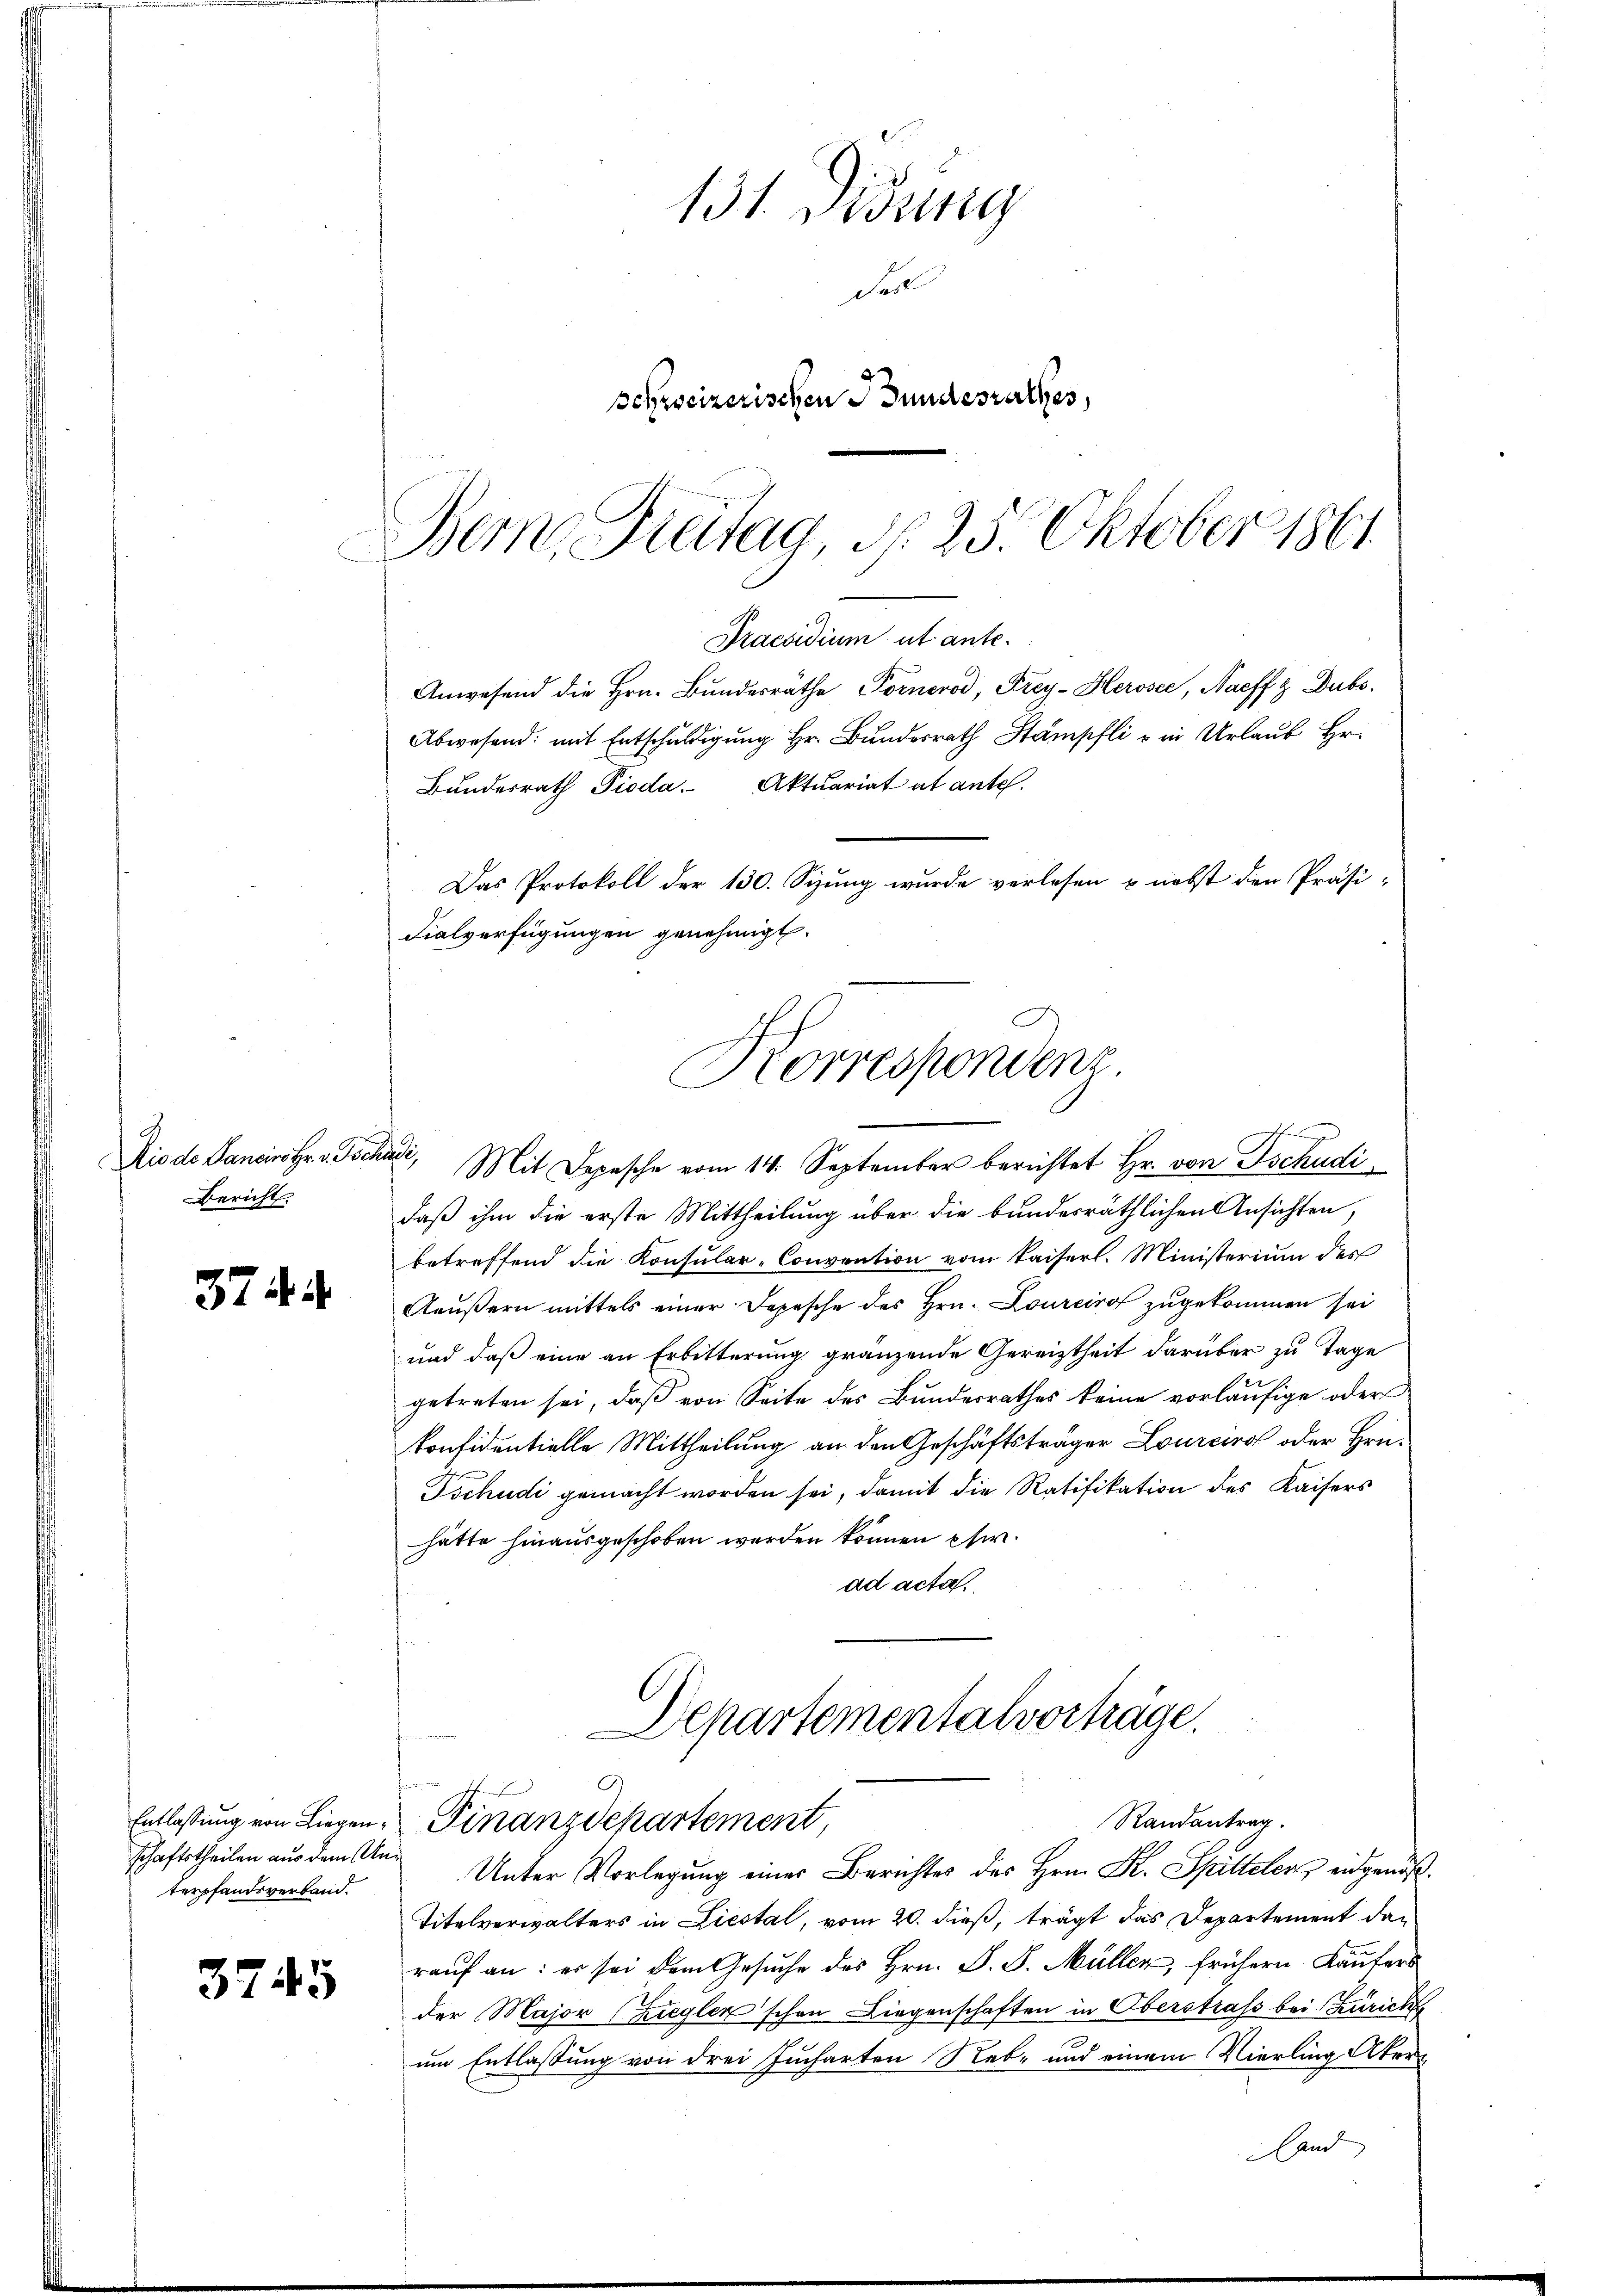
Die de Sancino Hr. v. Poes
Bericht

374. 4

terpfandsverband.

3745

131. Didung
Fert
schweizerischen Bundesrathes,

Bern, Freitag, d. 25. Oktober 1861.
Praesidium ut ante-

Anwesend die Hrn. Bundesräthe Pornerod, Frey-Herosee, Naeffz Dubs
Abwesend: mit Entschuldigung Hr. Bunder Stampli in Urlaub Hr.
Bŭndesrath Pioda. Aktuariat at antel.
Das Protokoll der 130. Sizung wurde verlesen u. nebst den Präsi-
Fialverfügungen genehmigt.
daß ihm die erste Mittheilung über die bundesräthlichen Ansichten,
betreffend die Konsular-Convention vom Kaiserl. Ministerium des
Aeußern mittels einer Depesche des Hrn. Lourciro zugekommen sei
und daß eine an Erbitterung gränzende Gereiztheit darüber zu Tage
getreten sei, daβ von Seite des Bundesrathes keine vorläufige oder
konfidentielle Mittheilung an den Geschäftsträger Lourcino oder Hrn.
Tschudi gemacht worden sei, damit die Ratifikation des Kaisers
hätte hinausgeschoben worden können Ehe.
ad acta.
Departementalvorträge.
 § 2
Randantrag.
Entlassung von Liegen Finanzdepartement,
schaftstheilen aus dem Ane Unter Vorlegung einer Berichtes des Hrn. Dr. Spittelen eidgenöß¬
Titelverwalters in Liestal, vom 20. dieß, trägt das Departement dan
raŭf an: er sei dem Gesŭche des Hrn. P. J. Müller, frühern Käufers
der Major (Ziegler schon Liegenschaften in Oberstrass bei Zürich
um Entlassung von drei Jucharten Reb- und einem Vierling Aker¬
Land

Korrespondenz.
u
A
Mit Depesche vom 14. September berichtet Hr. von Tschudi